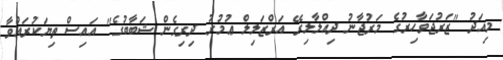
މިއަދު "ޒަރުޖަވާހިރުގެ މަރުޖާނު ދިއްލާލިރޭ އަރްޒަލިލް ޢުމުރު ދިރިގެން ޝަބާބުގެ" އައިސް ތިޔަކުރައްވާ